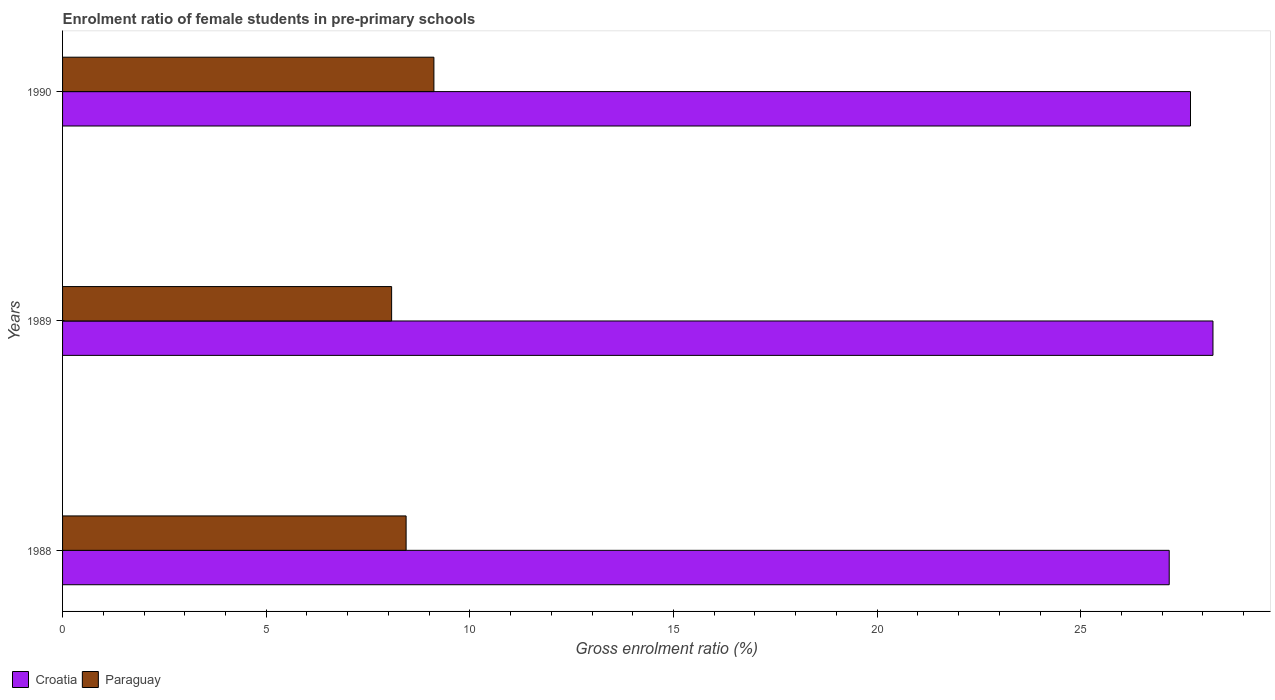
| Years | Croatia | Paraguay |
 | --- | --- | --- |
 | 1988 | 27.2 | 8.44 |
 | 1989 | 28.2 | 8.08 |
 | 1990 | 27.7 | 9.12 |